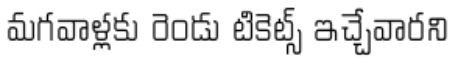
మగవాళ్లకు రెండు టికెట్స్ ఇచ్చేవారని